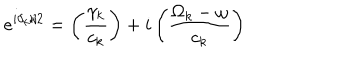
e ^ { i \delta _ { k } / 2 } = \left( \frac { \gamma _ { k } } { c _ { k } } \right) + i \left( \frac { \Omega _ { k } - \omega } { c _ { k } } \right)